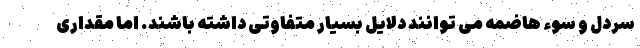
سردل و سوء هاضمه می توانند دلایل بسیار متفاوتی داشته باشند. اما مقداری